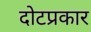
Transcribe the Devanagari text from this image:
दोटप्रकार